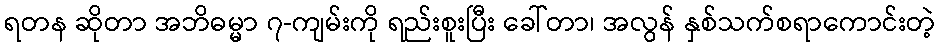
ရတန ဆိုတာ အဘိဓမ္မာ ၇-ကျမ်းကို ရည်းစူးပြီး ခေါ်တာ၊ အလွန် နှစ်သက်စရာကောင်းတဲ့